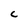
Character: C